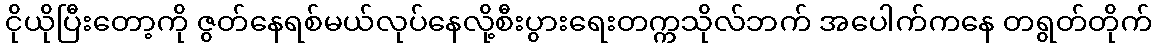
ငိုယိုပြီးတော့ကို ဇွတ်နေရစ်မယ်လုပ်နေလို့စီးပွားရေးတက္ကသိုလ်ဘက် အပေါက်ကနေ တရွတ်တိုက်